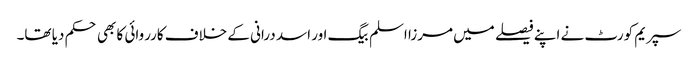
سپریم کورٹ نے اپنے فیصلے میں مرزا اسلم بیگ اور اسد درانی کے خلاف کارروائی کا بھی حکم دیا تھا۔